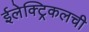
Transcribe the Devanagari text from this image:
ईलेक्ट्रिकलची